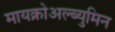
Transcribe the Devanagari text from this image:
मायक्रोअल्ब्युमिन